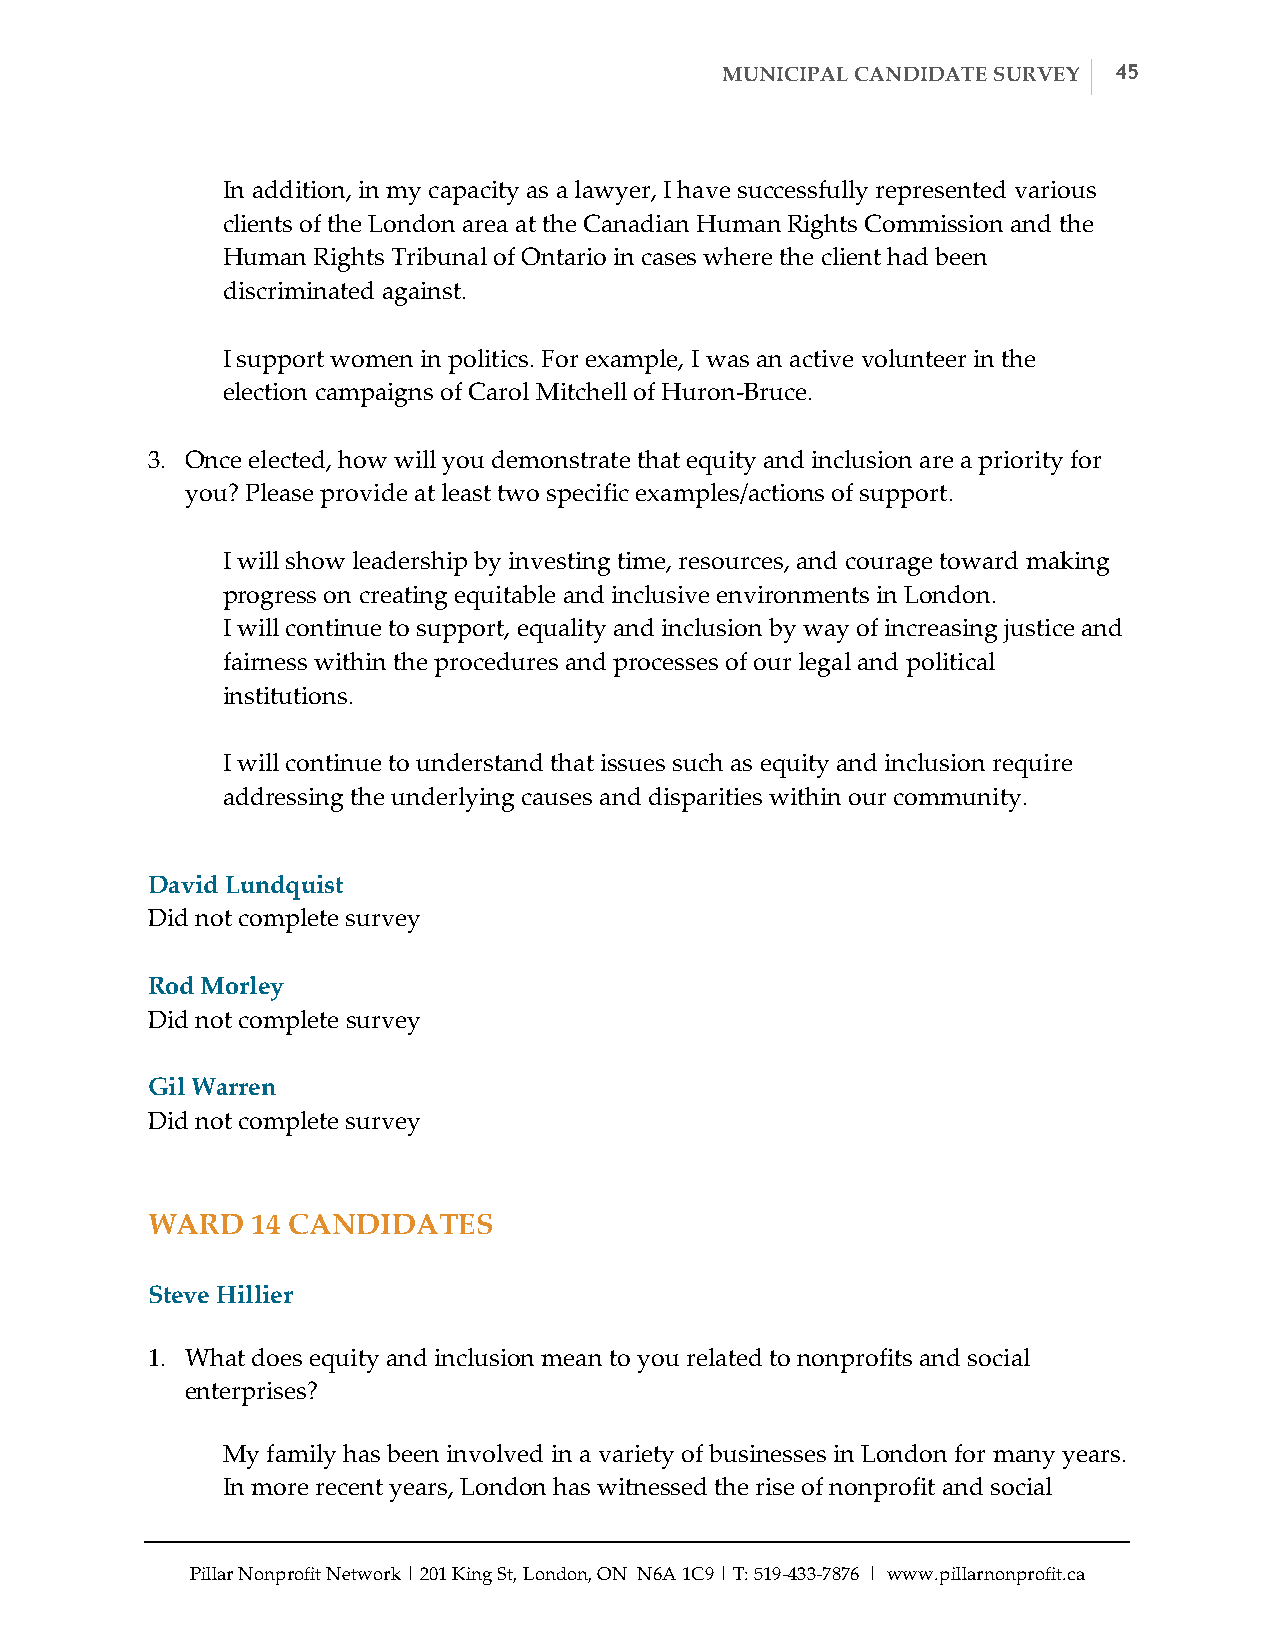
MUNICIPAL CANDIDATE SURVEY 45
 In addition, in my capacity as a lawyer, I have successfully represented various
 clients of the London area at the Canadian Human Rights Commission and the
 Human Rights Tribunal of Ontario in cases where the client had been
 discriminated against.
 I support women in politics. For example, I was an active volunteer in the
 election campaigns of Carol Mitchell of Huron-­‐‑Bruce.
 3. Once elected, how will you demonstrate that equity and inclusion are a priority for
 you? Please provide at least two specific examples/actions of support.
 I will show leadership by investing time, resources, and courage toward making
 progress on creating equitable and inclusive environments in London.
 I will continue to support, equality and inclusion by way of increasing justice and
 fairness within the procedures and processes of our legal and political
 institutions.
 I will continue to understand that issues such as equity and inclusion require
 addressing the underlying causes and disparities within our community.
 David Lundquist
 Did not complete survey
 Rod Morley
 Did not complete survey
 Gil Warren
 Did not complete survey
 WARD   14 CANDIDATES
 Steve Hillier
 1. What does equity and inclusion mean to you related to nonprofits and social
 enterprises?
 My family has been involved in a variety of businesses in London for many years.
 In more recent years, London has witnessed the rise of nonprofit and social
 Pillar Nonprofit Network | 201 King St, London, ON N6A 1C9 | T: 519-­‐‑433-­‐‑7876 | www.pillarnonprofit.ca